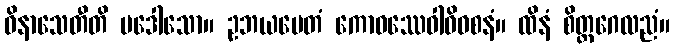
ဝိနာသေတီတိ ပဒေါသော။ ဥဘယမေတံ ကောဓဿေဝါဓိဝစနံ။ ထိနံ စိတ္တဂေလညံ။